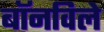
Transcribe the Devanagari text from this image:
बॉनविले